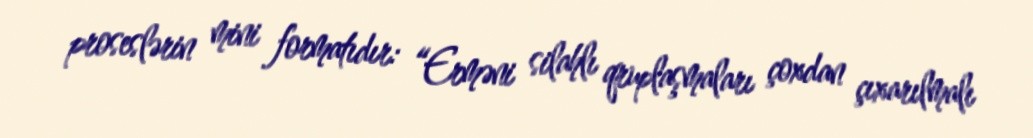
proseslərin mini formatıdır: “Erməni silahlı qruplaşmaları çoxdan çıxarılmalı